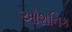
ઓશનિક